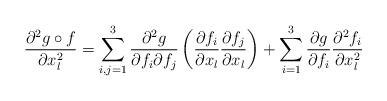
LaTeX: \begin{align*} \frac{\partial^2 g\circ f}{\partial x_l^2} = \sum_{i,j=1}^3\frac{\partial^2 g}{\partial f_i \partial f_j} \left(\frac{\partial f_i}{\partial x_l} \frac{\partial f_j}{\partial x_l}\right) +\sum_{i=1}^3\frac{\partial g}{\partial f_i} \frac{\partial^2 f_i}{\partial x_l^2} \end{align*}